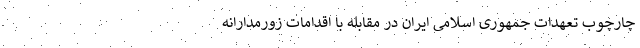
چارچوب تعهدات جمهوری اسلامی ایران در مقابله با اقدامات زورمدارانه